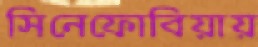
সিনেফোবিয়ায়